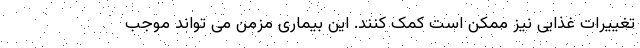
تغییرات غذایی نیز ممکن است کمک کنند. این بیماری مزمن می تواند موجب